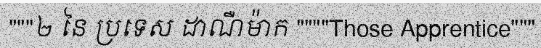
"""២ នៃ ប្រទេស ដាណឺម៉ាក """"Those Apprentice"""